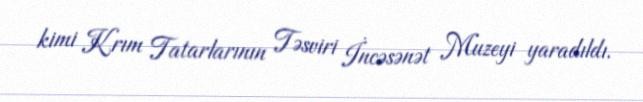
kimi Krım Tatarlarının Təsviri İncəsənət Muzeyi yaradıldı.